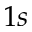
1 s